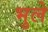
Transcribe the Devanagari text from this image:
भुले